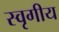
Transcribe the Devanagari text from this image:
स्वृगीय